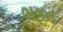
ભવન